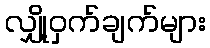
လျှို့ဝှက်ချက်များ